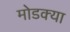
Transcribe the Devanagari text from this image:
मोडक्या